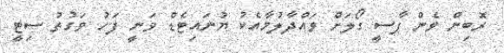
ރޮބިން ވެން ޕާސީ ގޯލަށް ވައްދާލުމާއެކު ޔުނައިޓެޑް ވަނީ ފަހު ވަގުތު ސިޓީ